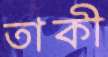
তাকী